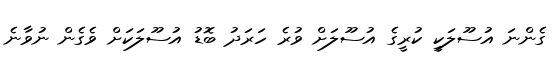
ގެންނަ އުސޫލަކީ ކުރީގެ އުސޫލަށް ވުރެ ހަރަދު ބޮޑު އުސޫލަކަށް ވެގެން ނުވާނެ